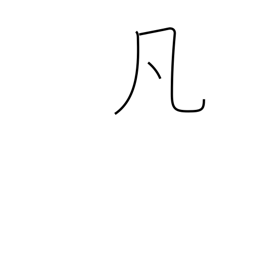
Meaning: ordinary